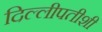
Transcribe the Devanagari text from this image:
दिल्लीपतीशी